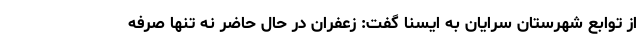
از توابع شهرستان سرایان به ایسنا گفت: زعفران در حال حاضر نه تنها صرفه